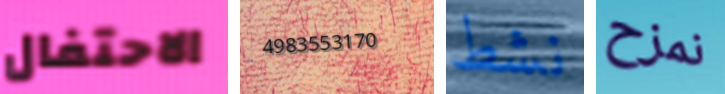
الاحتفال 4983553170 نشط نمزح